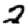
Digit: 2